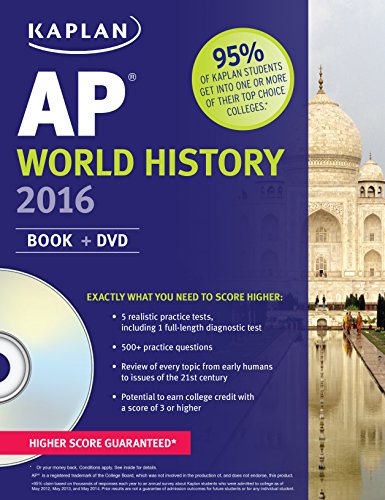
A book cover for Kaplan AP World History 2016: Book + DVD (Kaplan Test Prep); Patrick Whelan; Test Preparation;